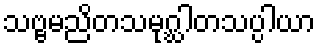
သဗ္ဗမညိတသမုဂ္ဃါတသပ္ပါယာ